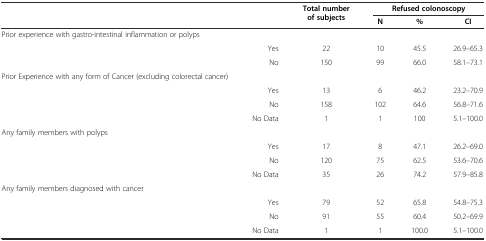
<table><thead><tr><td rowspan="2"></td><td rowspan="2"></td><td rowspan="2"><b>Total number of subjects</b></td><td colspan="3"><b>Refused colonoscopy</b></td></tr><tr><td><b>N</b></td><td><b>%</b></td><td><b>CI</b></td></tr></thead><tbody><tr><td>Prior experience with gastro-intestinal inflammation or polyps</td><td></td><td></td><td></td><td></td><td></td></tr><tr><td></td><td>Yes</td><td>22</td><td>10</td><td>45.5</td><td>26.9–65.3</td></tr><tr><td></td><td>No</td><td>150</td><td>99</td><td>66.0</td><td>58.1–73.1</td></tr><tr><td>Prior Experience with any form of Cancer (excluding colorectal cancer)</td><td></td><td></td><td></td><td></td><td></td></tr><tr><td></td><td>Yes</td><td>13</td><td>6</td><td>46.2</td><td>23.2–70.9</td></tr><tr><td></td><td>No</td><td>158</td><td>102</td><td>64.6</td><td>56.8–71.6</td></tr><tr><td></td><td>No Data</td><td>1</td><td>1</td><td>100</td><td>5.1–100.0</td></tr><tr><td>Any family members with polyps</td><td></td><td></td><td></td><td></td><td></td></tr><tr><td></td><td>Yes</td><td>17</td><td>8</td><td>47.1</td><td>26.2–69.0</td></tr><tr><td></td><td>No</td><td>120</td><td>75</td><td>62.5</td><td>53.6–70.6</td></tr><tr><td></td><td>No Data</td><td>35</td><td>26</td><td>74.2</td><td>57.9–85.8</td></tr><tr><td>Any family members diagnosed with cancer</td><td></td><td></td><td></td><td></td><td></td></tr><tr><td></td><td>Yes</td><td>79</td><td>52</td><td>65.8</td><td>54.8–75.3</td></tr><tr><td></td><td>No</td><td>91</td><td>55</td><td>60.4</td><td>50.2–69.9</td></tr><tr><td></td><td>No Data</td><td>1</td><td>1</td><td>100.0</td><td>5.1–100.0</td></tr></tbody></table>